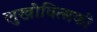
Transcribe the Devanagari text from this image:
लुखोवित्सकी